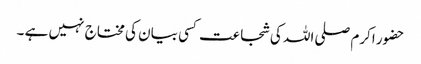
حضور اکرم صلی اللہ کی شجاعت کسی بیان کی مختاج نہیں ہے ۔